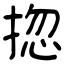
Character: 㧾